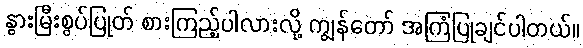
နွားမြီးစွပ်ပြုတ် စားကြည့်ပါလားလို့ ကျွန်တော် အကြံပြုချင်ပါတယ်။